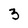
Character: 3